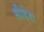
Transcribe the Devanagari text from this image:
सीडेरा